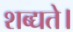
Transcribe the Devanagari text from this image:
शब्द्यते।